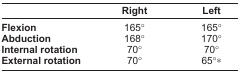
|  | Right | Left |
 | --- | --- | --- |
 | Flexion | 165° | 165° |
 | Abduction | 168° | 170° |
 | Internal rotation | 70° | 70° |
 | External rotation | 70° | 65°* |